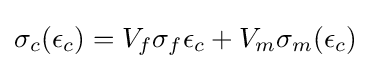
\sigma _{c}(\epsilon _{c})=V_{f}\sigma _{f}\epsilon _{c}+V_{m}\sigma _{m}(\epsilon _{c})